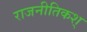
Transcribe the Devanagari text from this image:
राजनीतिकश्